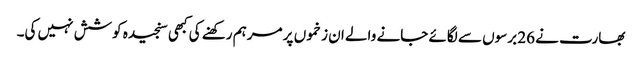
بھارت نے 26 برسوں سے لگائے جانے والے ان زخموں پر مرہم رکھنے کی کبھی سنجیدہ کوشش نہیں کی۔